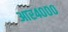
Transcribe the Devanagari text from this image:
आर४०००